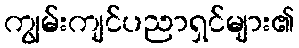
ကျွမ်းကျင်ပညာရှင်များ၏